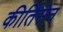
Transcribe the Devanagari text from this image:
कीर्तिसेन